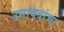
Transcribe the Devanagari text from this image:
उमायदांचा